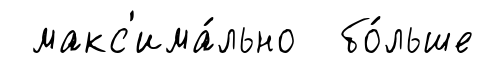
макс'има́льно бо́льше